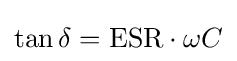
\tan \delta ={\mbox{ESR}}\cdot \omega C